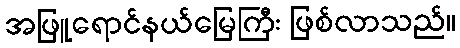
အဖြူရောင်နယ်မြေကြီး ဖြစ်လာသည်။